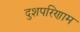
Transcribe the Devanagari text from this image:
दुशपरिणाम